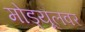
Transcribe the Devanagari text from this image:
मोड्यूलवर